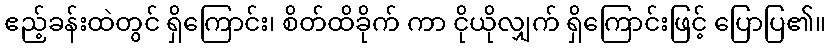
ဧည့်ခန်းထဲတွင် ရှိကြောင်း၊ စိတ်ထိခိုက် ကာ ငိုယိုလျှက် ရှိကြောင်းဖြင့် ပြောပြ၏။